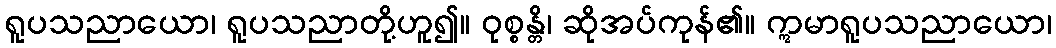
ရူပသညာယော၊ ရူပသညာတို့ဟူ၍။ ဝုစ္စန္တိ၊ ဆိုအပ်ကုန်၏။ ဣမာရူပသညာယော၊